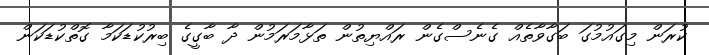
ކުރަން މިގައުމުގަ ބަގާވާތެއް ގެނެސްގެން ރައްޔިތުން ތަޅާމަރަމުން ދާ ބާގީގެ ބިރުކުޑަކަމާ ގޮތްކުޑަކަން